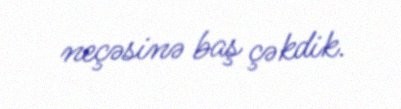
neçəsinə baş çəkdik.